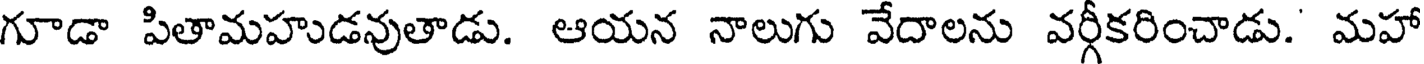
గూడా పితామహుడవుతాడు. ఆయన నాలుగు వేదాలను వర్గీకరించాడు. మహా